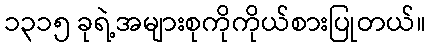
၁၃၁၅ ခုရဲ့အများစုကိုကိုယ်စားပြုတယ်။